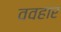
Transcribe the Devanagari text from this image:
ववहार